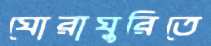
ঘোরাঘুরিতে